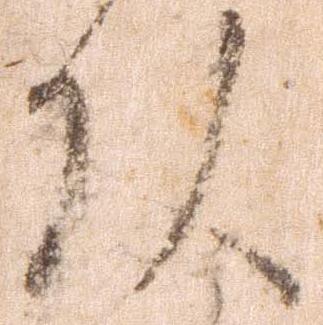
頭